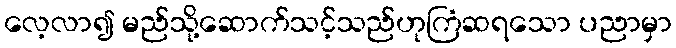
လေ့လာ၍ မည်သို့ဆောက်သင့်သည်ဟုကြံဆရသော ပညာမှာ